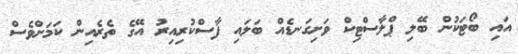
އައި ބޯޓަކުން ބޭލި ޕްލާސްޓިކް ވަށިގަނޑެއް ބަލައި ފާސްކުރިއިރު އޭގެ ތެރެއިން ކަމަށްވެސް